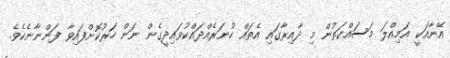
އޭނާއަކީ އަމިއްލަ މަސައްކަތުން މި ދާއިރާގައި އެތައް ހުނަރެއްދައްކުވައިދީގެން ނަން ހަރުކޮށްފައިވާ ފަންނާނެކެވެ.